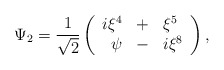
\begin{align*}\Psi_{2} = \frac{1}{\sqrt{2}}\left( \begin{array}{rcl}i\xi^{4}&+&\xi^{5} \\ \psi&-&i\xi^{8}\end{array} \right),\end{align*}